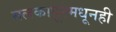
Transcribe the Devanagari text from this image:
मलकापूरमधूनही